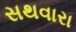
સથવારા